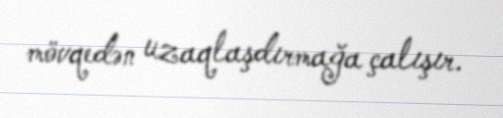
mövqedən uzaqlaşdırmağa çalışır.